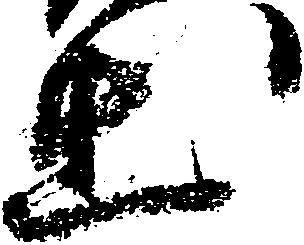
出